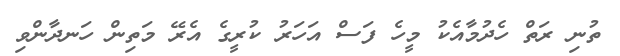
ތުނި ރަތް ހެދުމާއެކު މީހެ ފަސް އަހަރު ކުރީގެ އެރޭ މަތިން ހަނދާންވި